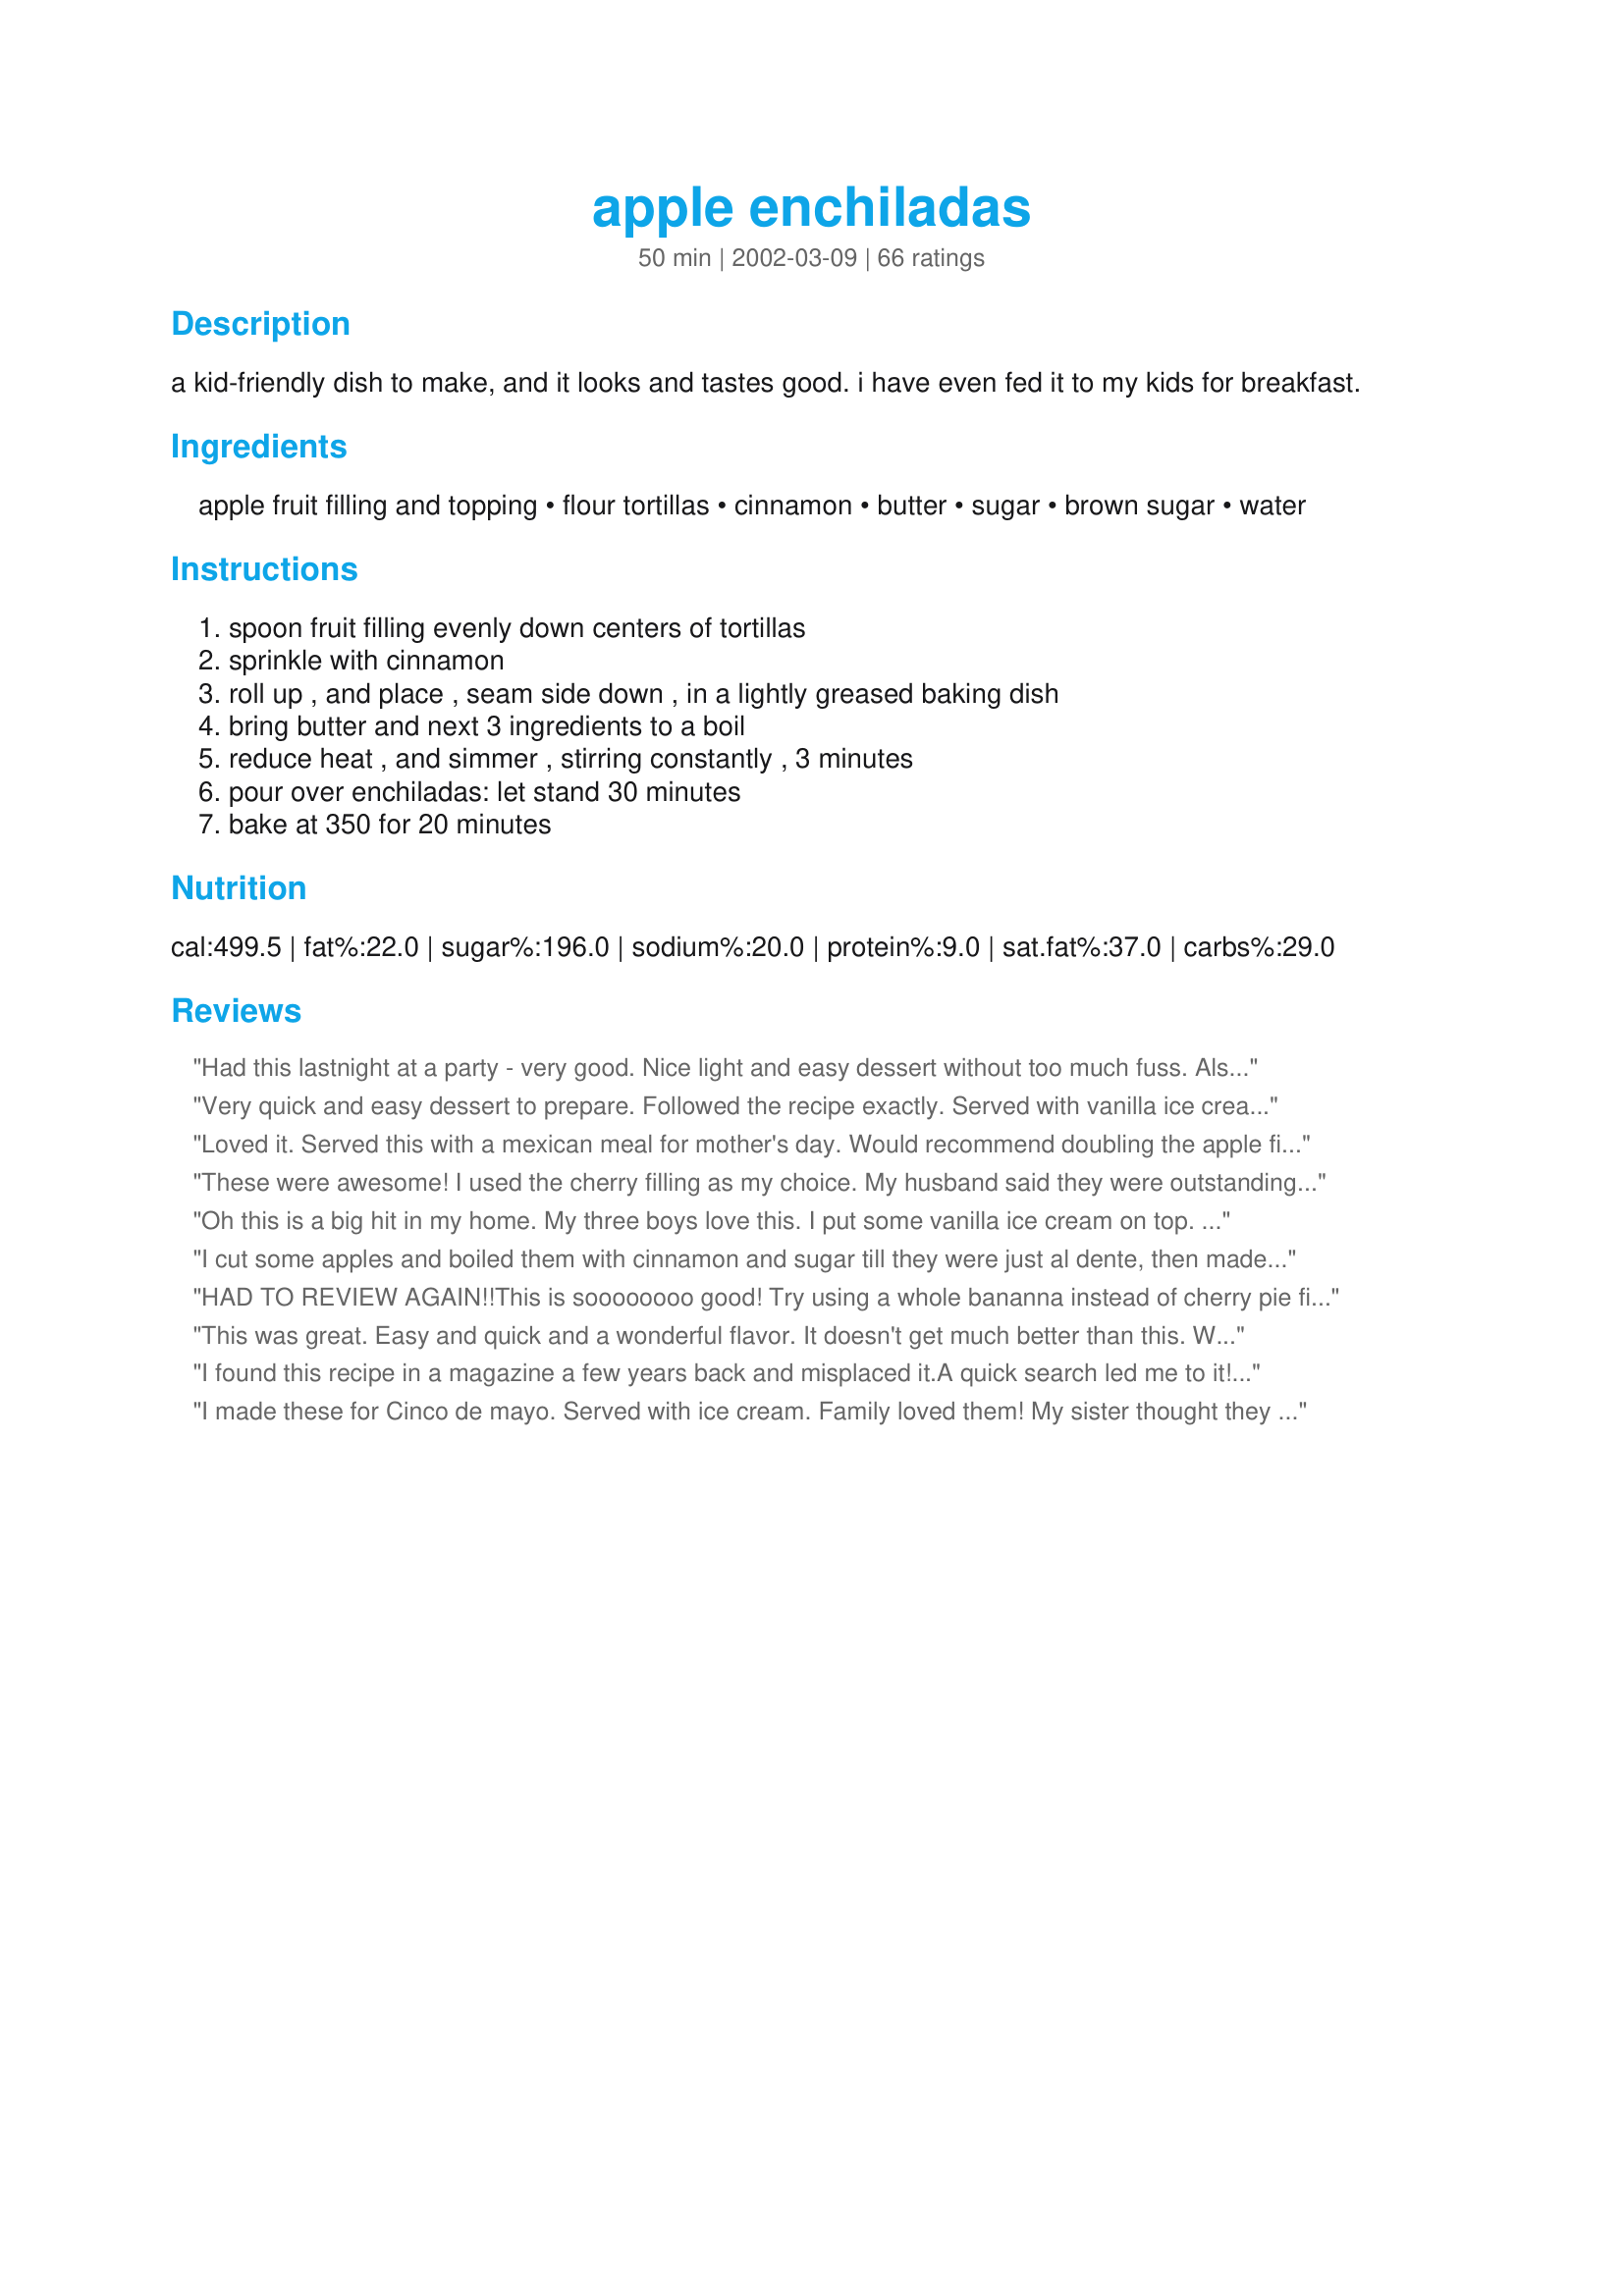
apple enchiladas
Preparation time: 50 minutes

a kid-friendly dish to make, and it looks and tastes good. i have even fed it to my kids for breakfast.

Ingredients:
apple fruit filling and topping, flour tortillas, cinnamon, butter, sugar, brown sugar, water

Steps:
spoon fruit filling evenly down centers of tortillas, sprinkle with cinnamon, roll up , and place , seam side down , in a lightly greased baking dish, bring butter and next 3 ingredients to a boil, reduce heat , and simmer , stirring constantly , 3 minutes, pour over enchiladas: let stand 30 minutes, bake at 350 for 20 minutes

Reviews:
Had this lastnight at a party - very good. Nice light and easy dessert without too much fuss. Also easy to double up if you're serving a crowd. Will definitely try to make myself.
Very quick and easy dessert to prepare. Followed the recipe exactly. Served with vanilla ice cream. Very sweet and gooey. Thanks for the recipe.
Loved it. Served this with a mexican meal for mother's day. Would recommend doubling the apple filling. Thanks !
These were awesome! I used the cherry filling as my choice. My husband said they were outstanding! Made for ZWT 3. :)
Oh this is a big hit in my home. My three boys love this. I put some vanilla ice cream on top. Its easy to make and is a nice dessert on or Spanish nights
I cut some apples and boiled them with cinnamon and sugar till they were just al dente, then made these up. They were so good for dessert with some Vanilla Bean ice cream. The kids asked me to make them for breakfast, so I will do that soon!
HAD TO REVIEW AGAIN!!This is soooooooo good! Try using a whole bananna instead of cherry pie filling etc. Follow instructions just like the other. Eat warm with whipped cream and chocolate syrup drizzled over it..OMG YUM! THABKS AGAIN!!
This was great. Easy and quick and a wonderful flavor. It doesn't get much better than this. Will be made over and over again. Thanks for posting.
I found this recipe in a magazine a few years back and misplaced it.A quick search led me to it! As previously stated,this is a very sweet dessert,but my kids love it! I serve with a dollop of whipped cream and a maraschino cherry on top.Thank you for adding this recipe!
I made these for Cinco de mayo. Served with ice cream. Family loved them! My sister thought they tasted a bit like fried Ice cream. Very rich, very good! Thanks, Miss Annie!
We loved these!
yummmmmmmmmm!!!!!! Thes enchiladas were so good! I'm only 16 and my enchiladas tasted like a professional chef made them!!1:)
Very good dessert. I cut down on the sugar a tad. Definitely a five-star recipe. Would be good with some whipped cream or vanilla ice cream.
I just made these for dessert and I'm not going to rate because I think my tortillas were old. I had these at a church function not too long ago and they were wonderful. I'm sure I will make again with fresh tortillas. Thanks
What a quick, fun, and scrumptous dessert you have here!! We ate these while they were still warm with a big scoop of creamy country vanilla ice cream and drizzled some of the sauce over the ice cream. These reminded us a lot of the taste of an apple dumpling! I wonder how peach pie filling would work here...hmmmm. Thanks for this great recipe! :)
I made these for bible study and everybody loved them!!
Yummy!!! Even better if you had a little brandy or rum. Thanks for a great alternate dessert recipe.
I give this 4* for super easy. However, for me, the texture of the tortilla with the cherry pie filling just seemed odd. I know this is not supposed to be a cherry pie, but that is what my mouth was expecting, even though my mind knew it wasn't!
Made this for Cinqo de Mayo...delicious but a little sweet. I reduced the glaze by half but it was still a little sweet for us. I think it was because of the canned apple filling...I usually make own for pies from fresh apples. So its a personal preference probably.
I don't really like apples but I have to admit this was pretty good. My BF absolutely loved this!!!
I have served this dessert many times after a Mexican-themed dinner. I usually added a scoop of vanilla ice cream when serving it up and drizzle with some of the sauce.
This was so fun and easy. My kids helped me make these. The apple pie filling and cinnamon filling was so scumptious. The sauce was very sweet and buttery. We added a little whipped cream on top and sprinkling of cinnamon. A beautiful, easy, and delicious dessert. Thanks Nurse Di.
Fantastic recipe! Great taste, and super easy! Thanks Miss Annie!
Oh My, this is so simple and so good. 
You have great recipes Leslie!
Made and Apple and Cherry, my dh loved both and me and my ds liked the apple best. Made as recipe said except I used 1/2 splenda and 1/2 sugar. Thanks for a nice recipe
This is a great recipe. Try it with peach pie filling. It's great that way too.
This recipe was ok. It was very buttery, almost too much so. I used apple pie filling. Next time I will try cherry and cut down on the amount of butter.
Made these last night for my mother, they were wonderful. I used left over apple crisp for the filling and cut the recipe down for one person, it turned out great. Thanks for the great recipe!
Mostly did as directed but added cheddar cheese to the last two.........WONDERFUL

Will be making again especially since it's almost apple season in New Mexico, will be adding the cheese.

Thanks for sharing,
Lydia
I was in a panic. We were having unexpected guests for dinner and I felt like I had to have something for dessert. Zaar and Nurse Di to the rescue. I already had all the ingredients and the dessert enchiladas turned out well. The warm cinnamon apple filling was delish. I plopped some Cool Whip on top and sprinkled with ground cinnamon. Beautiful and soooo easy. Thanks.
My husband loves this recipe! I canned some apple pie fillling last summer with some tart apples and anytime I buy tortillas, he asks if there is enough to make apple enchiladas. I love how fast these are to make...if I need a dessert for something I can whip these up in a hurry and people are really impressed and ask for the recipe!
Kids liked this very much. I used the whole wheat tortillas, which didn't seem to make much of a difference. I served a bit of ice cream with it, and spooned the syrup over the ice cream. I just threw it in before we sat down to eat, and it was ready just as we were finishing up. Perfect timing! Great idea!
These were fun and easy to make and made a different kind of dessert. Frozen Cool Whip on top of the warm enchiladas was awesome. They were a little sweet so we decided next time we we are going to try it with canned peaches (not pie filling). Yum!
Love this recipe! I also have used cherry filling and like that even better. The apples seemed a bit too chunky for me but very tasty nonetheless! Will make these often! Goes great with a dollop of cool whip or ice cream.
I tried it and these are great! I made my own apple pie filling, and I made the sauce first and dipped the tortilla in it, then put the filling. The house smelled delish!! Thanks for posting.
Delicious & easy to make. I got many raves on this recipe.
Found this recipe in Southern Living and have made it a number of times. Doubles easily to serve a crowd. Dessert just doesn't get any easier! Thanks, MissAnnie, for posting!
This is a favorite in my house! I prefer a lower sugar content and usually make adjustments to this recipe.
I use no sugar added apple fruit filling, substitute splenda brown sugar and regular splenda for the brown sugar and sugar, wheat tortillas instead of flour and I have cut the margarine back to 1/4 cup. Even with these changes, this is a tasty dish that is very rich.
What a great easy dessert this was...and it was easy to make sugar free...i used sugar free apple pie filling and low carb tortillas, also splenda...turned out great...served with sugar free ice cream....
I made this yesterday..They were too sweet..My DH only had one bite,that was enough..Sorry...
I whipped this up in no time. So very easy. My family did back-flips over this. Nice cinnamon-apple pie flavor. The brown sugar-butter sauce definitely adds a magnificent yum factor. Thanks Nurse Di.
I just saw this in new reviews and realized I had forgotten to review it. I made it for a Cinco de Mayo party I hosted last year. It is very good, especially considering the ease of preparation.Thanks for posting the recipe!
Delicious! This very quick and easy dessert is like apple pie without the crust. I baked this in an 8x8" baking pan and it fit 6 tortillas perfectly. I served this topped with vanilla ice cream. My family loved this and gave it 2-thumbs up. Thank you for sharing.
These are great. And so easy that I couldn't even mess it up! I doubled the sauce and used 12 tortillas. In 6, I wrapped cherry pie filling. And in the other 6, I filled them with chocolate pie filling. I left out the cinnamon because some people in my family aren't big fans. I did sprinkle some white sugar over the tops of them after I had poured on the sauce. That gave them a nice crispy outer edge. It was divine. Thanks.
These were DIVINE! I love apple pie, and this was a great alternative. I did not know what "48 inches flour tortillas" meant, so we used 4 of the 8 inch tortillas. They were way too big for the kiddos, but I was happy with the size. It's no big deal to cut them in half. Taco sized tortillas would probably work best. That might explain the 6 servings versus my 4 servings. Didn't notice that before. :) This was very, very easy to assemble. I used Comstock's "More Apple" apple pie filling. It was just the right flavor. Not too sweet, not too tart. Perfect. The butter mixture became a caramel-like syrup. You might consider rolling the enchiladas over so both sides are coated in this. You could also attempt a streusel topping using oats, butter, cinnamon and sugar. Mmm mmm mmm! This was a 10 star recipe!!
These were delicious, very rich and easy to make.
Easy, fun, and tasty..I made mine with cherries and a simple frosting instead of the cinnamon, it was a good substitution.
Thanks for a super easy dessert that was so yummy! I did reduce the water a little the second time and used splenda because I'm diabetic. My fave is apple and hubby's fave is peach.
Very nice. For myself & my b/f I put a touch of Amaretto Liquor in instead of all the water (I used Cherry Pie Filling) and it added a little something extra. This is so easy yet so delicious. Proves that sometimes simple can be best. Thanks for this one Leslie!!
These are excellent, and so easy to make! I made these for a Cinco de Mayo potluck at work, using a 13x9 dish. Placed lengthwise, I was able to get ten enchiladas (two rows of five) in the dish. Even though there were more enchiladas, I used the same proportion for the sauce ingredients & still had plenty. Before ladling the sauce over the enchiladas, I sprinkled them liberally with more cinnamon. When the 20 minutes of baking was done, I pulled out the dish & spooned the sauce over the enchiladas, and then put them under the broiler to crisp up a bit. The house smelled wonderful while these were baking - like an apple pie! Served with Cool Whip ... these were a big hit at the potluck. Thanks for posting - I'm sure I'll use this recipe again, and will try it with different fillings & spices. -M =)
Easy & Excelent that's all I can say. Thanks
Very fast and easy! We are making again tonight! Kids love them!
These should have a warning on them "sugar overload". They are rich but very good. Also, Splenda can be used in place of the sugar. In place of the apple pie filling, I used my recipe for Cracker Barrel Fried Apples Recipe #106262, reducing the sauce and eliminating the cinnamon. This made a sweet ending to our Mexican themed Christmas brunch.
This is so close to my apply tortilla roll up recipe here on Zaar that I had to try it. This is simply amazing. Very nice- I love the buttery flavor. Thanks Sarahsmomi!
I thought the syrup was going to make mush out of the tortillas. I was so wrong!!! This was delicious! And so fast & easy! I added cinnamon to the syrup as well & it worked great. Thank you!
They tasted good, but I felt like the tortillas were just too chewy and thick.
This recipe was a fun one to make. My kids helped out it was so easy. Reminiscent of an apple dumpling/cobbler type dessert. It had a yummy gooey apple-cinnamon filling. The whole family enjoyed it and agreed--5-stars for flavor, ease, and fun. Thanks.
Holy crap these are good! Easy too. Served them hot with some vanilla ice cream. Wonderful. Thank you bunches Miss Annie
This is such an easy dessert and it is soooo good!
I had my class make these for Cinco De Mayo - a very kid friendly and tasty, sweet dessert! It was their favorite of the 5 items we made yesterday. Thank you!
I didn't have apple pie filling (or any other kind) so I used Mini R's "Fried Apples" #10381. Although this increased the cooking time, it worked very well.
However, I probably won't make this again as I found it too rich & sweet for my tastes.
Leslie, these are awesome. I made these for ZWT III. I served these for dessert following our mexican-themed meal, and it got thumbs up all around the table. I made them exactly as written and am so pleased with the results. Other fruit pie fillings would work as well in this delicious, quick and easy dessert.
I didn't have any apples, so i substituted peaches for apples like you said and they were great!
Perfect. Great recipe and easy to make. Thanks.
Wow - very easy to make. I got a can of pie apples with cinnamon added. I used low-carb tortilla and reduced the margarine to about 1 tablespoon and added a bit more water. Everyone raved and nothing was left!
This was WAY TOO sweet for us...and I don't doubt that little kids would adore it! But I like to watch the sugar the Grandsons consume...they can easily start climbing the walls if they have too much. Interesting recipe. I won't be fixing this again, though...there's too many other great things here to bake or that are easily put together that won't give you a tooth ache!
